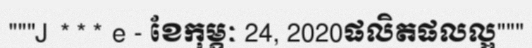
"""J *** e - ខែកុម្ភៈ 24, 2020ផលិតផលល្អ"""